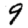
Digit: 9